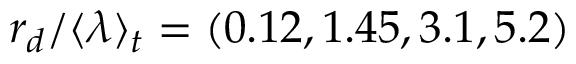
r _ { d } / \langle \lambda \rangle _ { t } = ( 0 . 1 2 , 1 . 4 5 , 3 . 1 , 5 . 2 )